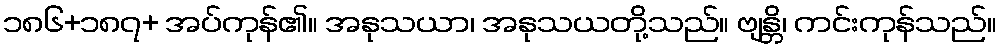
၁၈၆+၁၈၇+ အပ်ကုန်၏။ အနုသယာ၊ အနုသယတို့သည်။ ဗျန္တိ၊ ကင်းကုန်သည်။